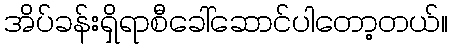
အိပ်ခန်းရှိရာစီခေါ်ဆောင်ပါတော့တယ်။